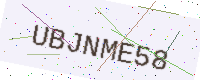
Text: UBJNME58